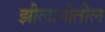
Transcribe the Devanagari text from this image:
झीलानीतील